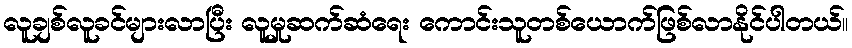
လူချစ်လူခင်များလာပြီး လူမှုဆက်ဆံရေး ကောင်းသူတစ်ယောက်ဖြစ်လာနိုင်ပါတယ်။